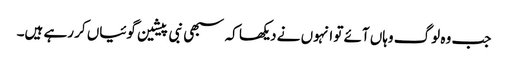
جب وہ لوگ وہاں آئے تو انہوں نے دیکھا کہ سبھی نبی پیشین گوئیاں کر رہے ہیں۔